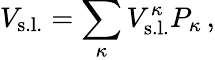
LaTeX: V_{\mathrm{s.l.}}=\sum_{\kappa}V_{\mathrm{s.l.}}^{\kappa}P_{{\kappa}}\, ,